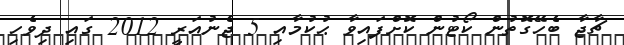
ޗާޖާ ބެހޭގޮތުން ކޯޓުން ކޮށްފައިވާ ޙުކުމާއި 5 ޖެނުއަރީ 2012 ގައި ދިވެހި